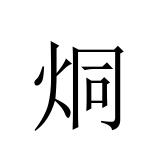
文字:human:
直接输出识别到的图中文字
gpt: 烔